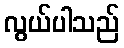
လွယ်ပါသည်